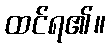
ထင်ရ၏။